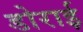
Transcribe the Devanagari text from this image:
डोराई